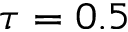
\tau = 0 . 5